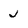
Character: J